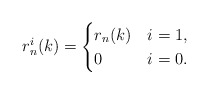
\begin{align*}r_n^i(k)=\begin{cases} r_n(k)&i=1,\\0&i=0.\end{cases} \end{align*}